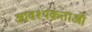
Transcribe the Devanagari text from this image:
आवश्यकताआें